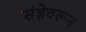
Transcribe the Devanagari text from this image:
संज्ञेवरून